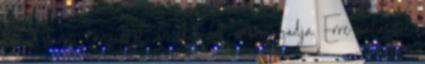
kér a városi tanácstól, amely ezt megtagadja. Erre válaszul